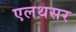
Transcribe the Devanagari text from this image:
एलथसर